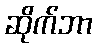
ဆိုက်ဘာ